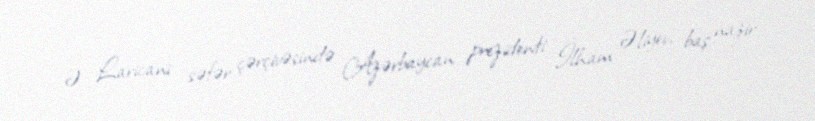
Ə. Laricani səfər çərçivəsində Azərbaycan prezidenti İlham Əliyev, baş nazir